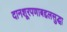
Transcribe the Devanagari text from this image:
दानशूरपणाबद्दलसुद्धा